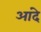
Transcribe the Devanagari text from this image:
आंदे